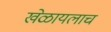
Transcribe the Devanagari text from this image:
खेळायलाच